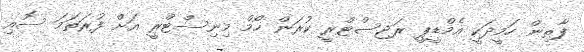
ފާތިން ހަމީދަކީ އެމްޑީޕީ ރަޖިސްޓްރީ ކުރަން ހޯމް މިނިސްޓްރީ އަށް ފުރަތަމަ ސޮއި